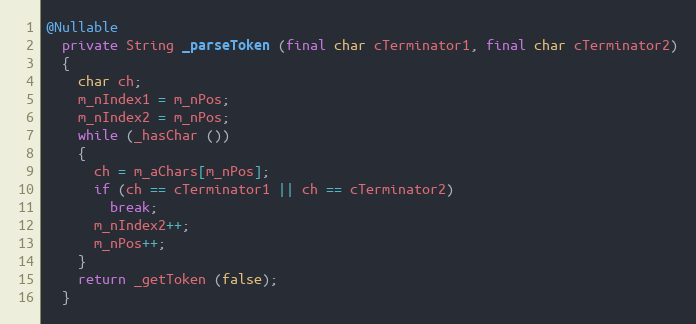
Language: Java
@Nullable
  private String _parseToken (final char cTerminator1, final char cTerminator2)
  {
    char ch;
    m_nIndex1 = m_nPos;
    m_nIndex2 = m_nPos;
    while (_hasChar ())
    {
      ch = m_aChars[m_nPos];
      if (ch == cTerminator1 || ch == cTerminator2)
        break;
      m_nIndex2++;
      m_nPos++;
    }
    return _getToken (false);
  }